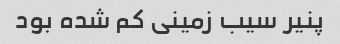
پنیر سیب زمینی کم شده بود